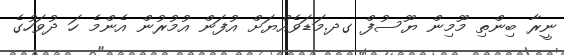
ނީރާ ބިންތި މޫމިން ޔޫސުފް ގދ.މަޑަވެއްޔަށް އުފަން އުމުރުން އެންމެ ހަ ދުވަހުގެ